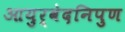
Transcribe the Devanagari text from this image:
आयुर्वेदनिपुण